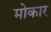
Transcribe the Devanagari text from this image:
मोकार